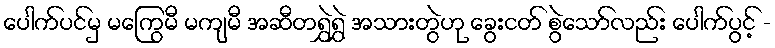
ပေါက်ပင်မှ မကြွေမီ မကျမီ အဆီတရွှဲရွှဲ အသားတွဲဟု ခွေးငတ် စွဲသော်လည်း ပေါက်ပွင့် -